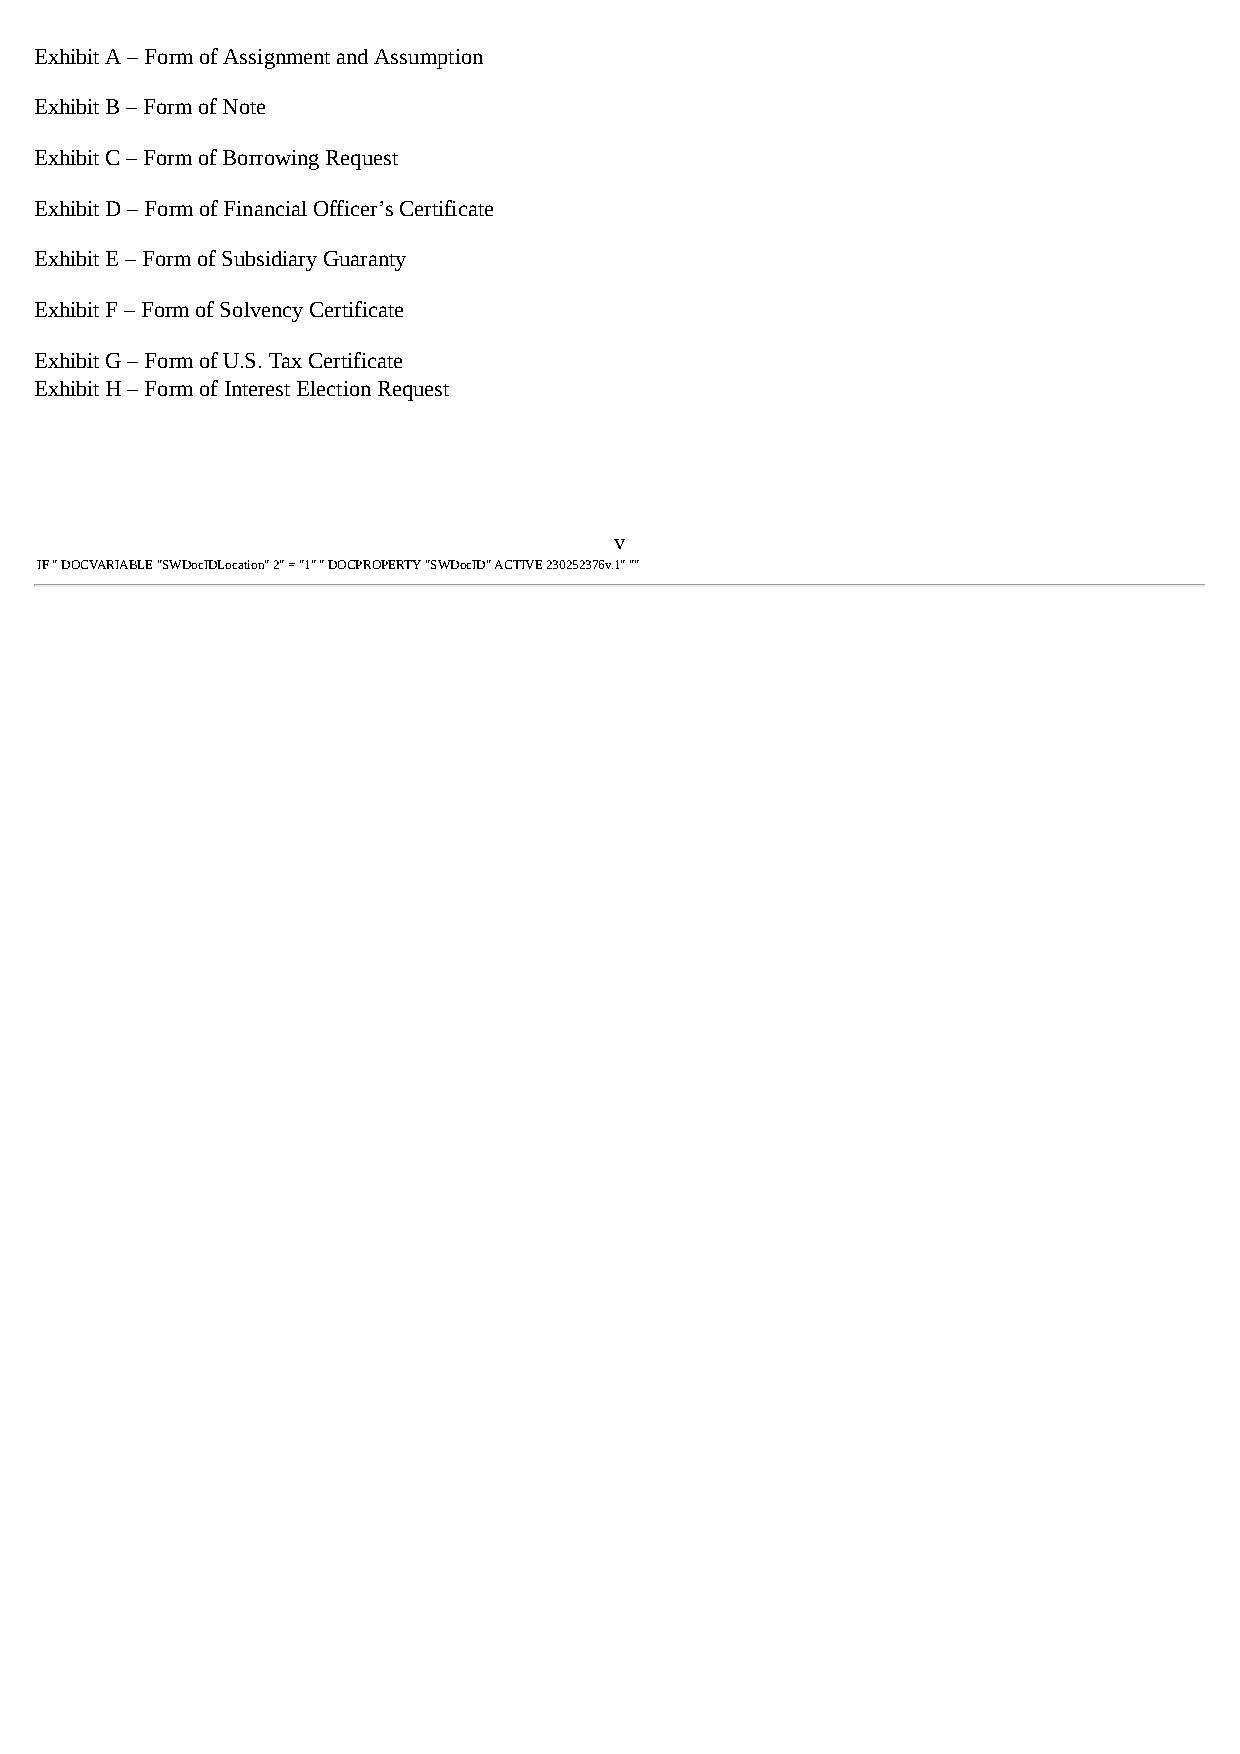
Exhibit A – Form of Assignment and Assumption
 Exhibit B – Form of Note
 Exhibit C – Form of Borrowing Request
 Exhibit D – Form of Financial Officer’s Certificate
 Exhibit E – Form of Subsidiary Guaranty
 Exhibit F – Form of Solvency Certificate
 Exhibit G – Form of U.S. Tax Certificate
 Exhibit H – Form of Interest Election Request
 v
 IF " DOCVARIABLE "SWDocIDLocation" 2" = "1" " DOCPROPERTY "SWDocID" ACTIVE 230252376v.1" ""